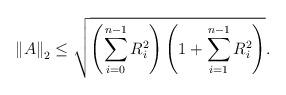
LaTeX: \begin{align*} {{\left\| A \right\|}_{2}}\le \sqrt{\left( \sum\limits_{i=0}^{n-1}{R_{i}^{2}} \right)\left( 1+\sum\limits_{i=1}^{n-1}{R_{i}^{2}} \right)}.\end{align*}